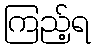
ကြည့်ရ